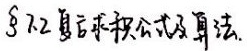
§7.2 复变求积公式及算法